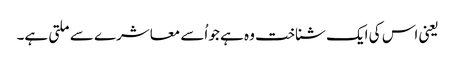
یعنی اس کی ایک شناخت وہ ہے جو اُسے معاشرے سے ملتی ہے۔